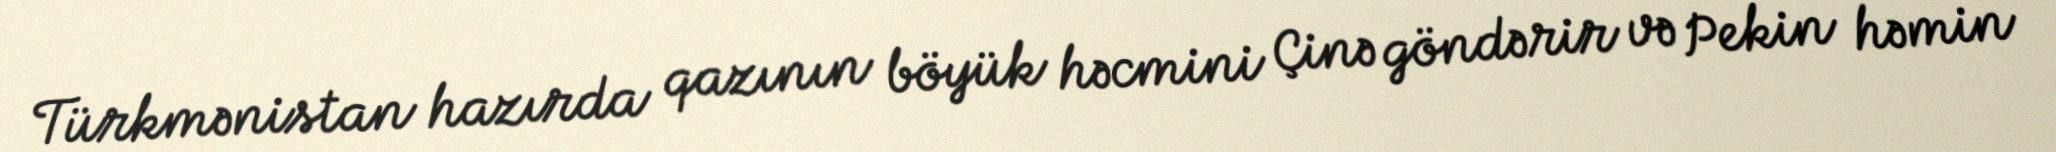
Türkmənistan hazırda qazının böyük həcmini Çinə göndərir və Pekin həmin